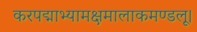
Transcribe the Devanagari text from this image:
करपद्माभ्यामक्षमालाकमण्डलू।